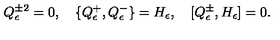
Q _ { \epsilon } ^ { \pm 2 } = 0 , \quad \{ Q _ { \epsilon } ^ { + } , Q _ { \epsilon } ^ { - } \} = H _ { \epsilon } , \quad [ Q _ { \epsilon } ^ { \pm } , H _ { \epsilon } ] = 0 .